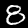
Label: 8